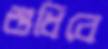
শুধিবে